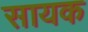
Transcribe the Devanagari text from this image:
सायक